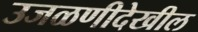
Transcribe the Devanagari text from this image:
उजळणीदेखील